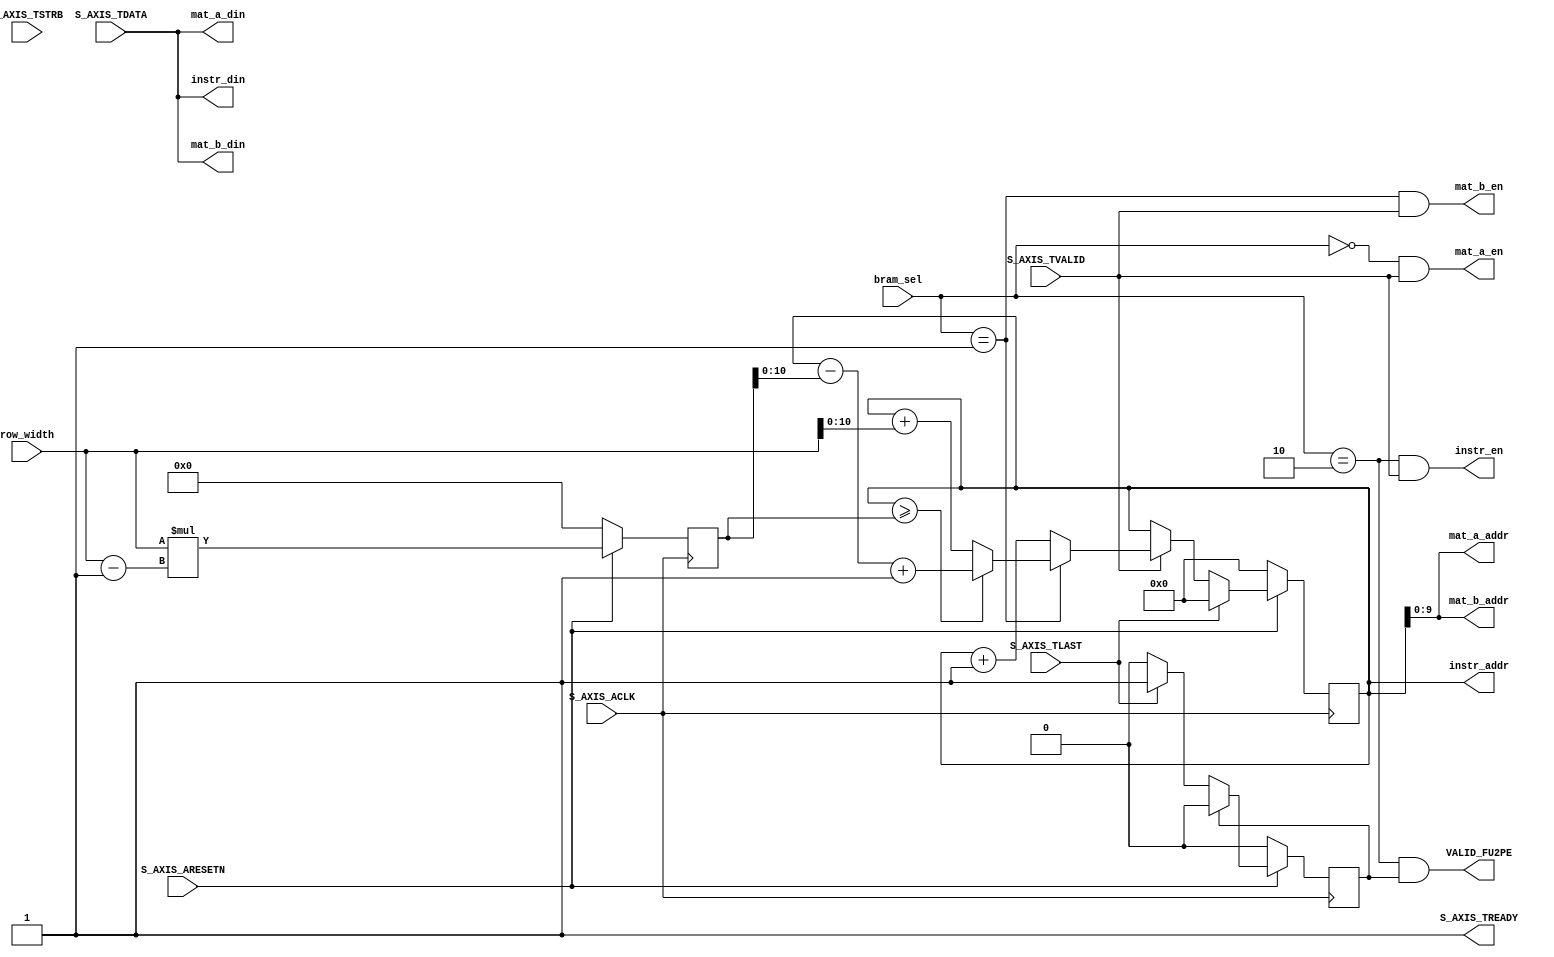
module fetch_unit_v1_0_S00_AXIS #
	(
		parameter BRAM_DEPTH = 10,
		parameter INSTR_BRAM_DEPTH = 11,
		parameter integer C_S_AXIS_TDATA_WIDTH	= 32
	)
	(
		output [BRAM_DEPTH-1:0] mat_a_addr,
		output [31:0] mat_a_din,
		output mat_a_en,
		output [BRAM_DEPTH-1:0] mat_b_addr,
		output [31:0] mat_b_din,
		output mat_b_en,
		output [INSTR_BRAM_DEPTH-1:0] instr_addr,
		output [31:0] instr_din,
		output instr_en,
		input [1:0] bram_sel,
		input [31:0] row_width,
		output wire VALID_FU2PE,

		input wire  S_AXIS_ACLK,
		input wire  S_AXIS_ARESETN,
		output wire  S_AXIS_TREADY,
		input wire [C_S_AXIS_TDATA_WIDTH-1 : 0] S_AXIS_TDATA,
		input wire [(C_S_AXIS_TDATA_WIDTH/8)-1 : 0] S_AXIS_TSTRB,
		input wire  S_AXIS_TLAST,
		input wire  S_AXIS_TVALID
	);

	parameter [1:0] IDLE = 1'b0, WRITE_FIFO  = 1'b1;

	reg mst_exec_state;  
	reg [INSTR_BRAM_DEPTH-1:0] write_pointer;
	reg writes_done;
	reg [31:0] row_width_square;

	always@(posedge S_AXIS_ACLK) begin
		if(!S_AXIS_ARESETN) begin
			row_width_square <= 0;
		end  
		else begin
			row_width_square <= row_width * (row_width - 1);
		end
	end
	
	always @(posedge S_AXIS_ACLK) begin  
		if (!S_AXIS_ARESETN) begin
	    	mst_exec_state <= IDLE;
	    end  
	  	else
	    case (mst_exec_state)
	      IDLE: 
			if (S_AXIS_TVALID) mst_exec_state <= WRITE_FIFO;
			else mst_exec_state <= IDLE;
	      WRITE_FIFO: 
	        if (writes_done) mst_exec_state <= IDLE;
	        else mst_exec_state <= WRITE_FIFO;
	    endcase
	end

	always@(posedge S_AXIS_ACLK) begin
		if(!S_AXIS_ARESETN) begin
			write_pointer <= 0;
			writes_done <= 1'b0;
		end  
		else begin
	        if (S_AXIS_TVALID)begin
				if (bram_sel == 2'b01) begin
					if (write_pointer >= row_width_square) begin
						write_pointer <= (write_pointer - row_width_square) + 1;
					end
					else write_pointer <= write_pointer + row_width;
				end
				else 
	            	write_pointer <= write_pointer + 1;
		
	            writes_done <= 1'b0;
	        end

			if (S_AXIS_TLAST) begin
				writes_done <= 1'b1;
				write_pointer <= 0;
			end
			
			if (writes_done) begin
				writes_done <= 1'b0;
			end
	      end  
	end

	assign S_AXIS_TREADY = 1'b1;
	
	assign mat_a_addr = write_pointer[BRAM_DEPTH-1:0];
	assign mat_a_din = S_AXIS_TDATA;
	assign mat_a_en = (bram_sel == 2'b00) & S_AXIS_TVALID;

	assign mat_b_addr = write_pointer[BRAM_DEPTH-1:0];
	assign mat_b_din = S_AXIS_TDATA;
	assign mat_b_en = (bram_sel == 2'b01) & S_AXIS_TVALID;

	assign instr_addr = write_pointer;
	assign instr_din = S_AXIS_TDATA;
	assign instr_en = (bram_sel == 2'b10) & S_AXIS_TVALID;

	assign VALID_FU2PE = (bram_sel == 2'b10) & writes_done;

	endmodule